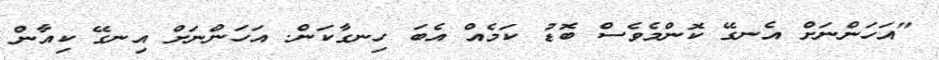
"އަހަންނަށް އެނގޭ ކޮންމެވެސް ބޮޑު ކަމެއް އެބަ ހިނގާކަން. އަހަންނަށް އިނގޭ ކިއާން